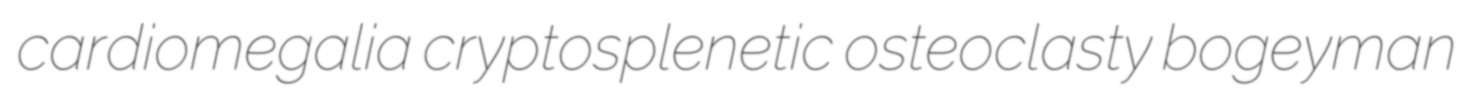
cardiomegalia cryptosplenetic osteoclasty bogeyman